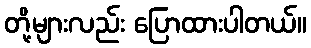
တို့များလည်း ပြောထားပါတယ်။